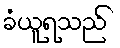
ခံယူရသည်